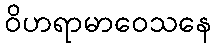
ဝိဟရာမာဝေသနေ